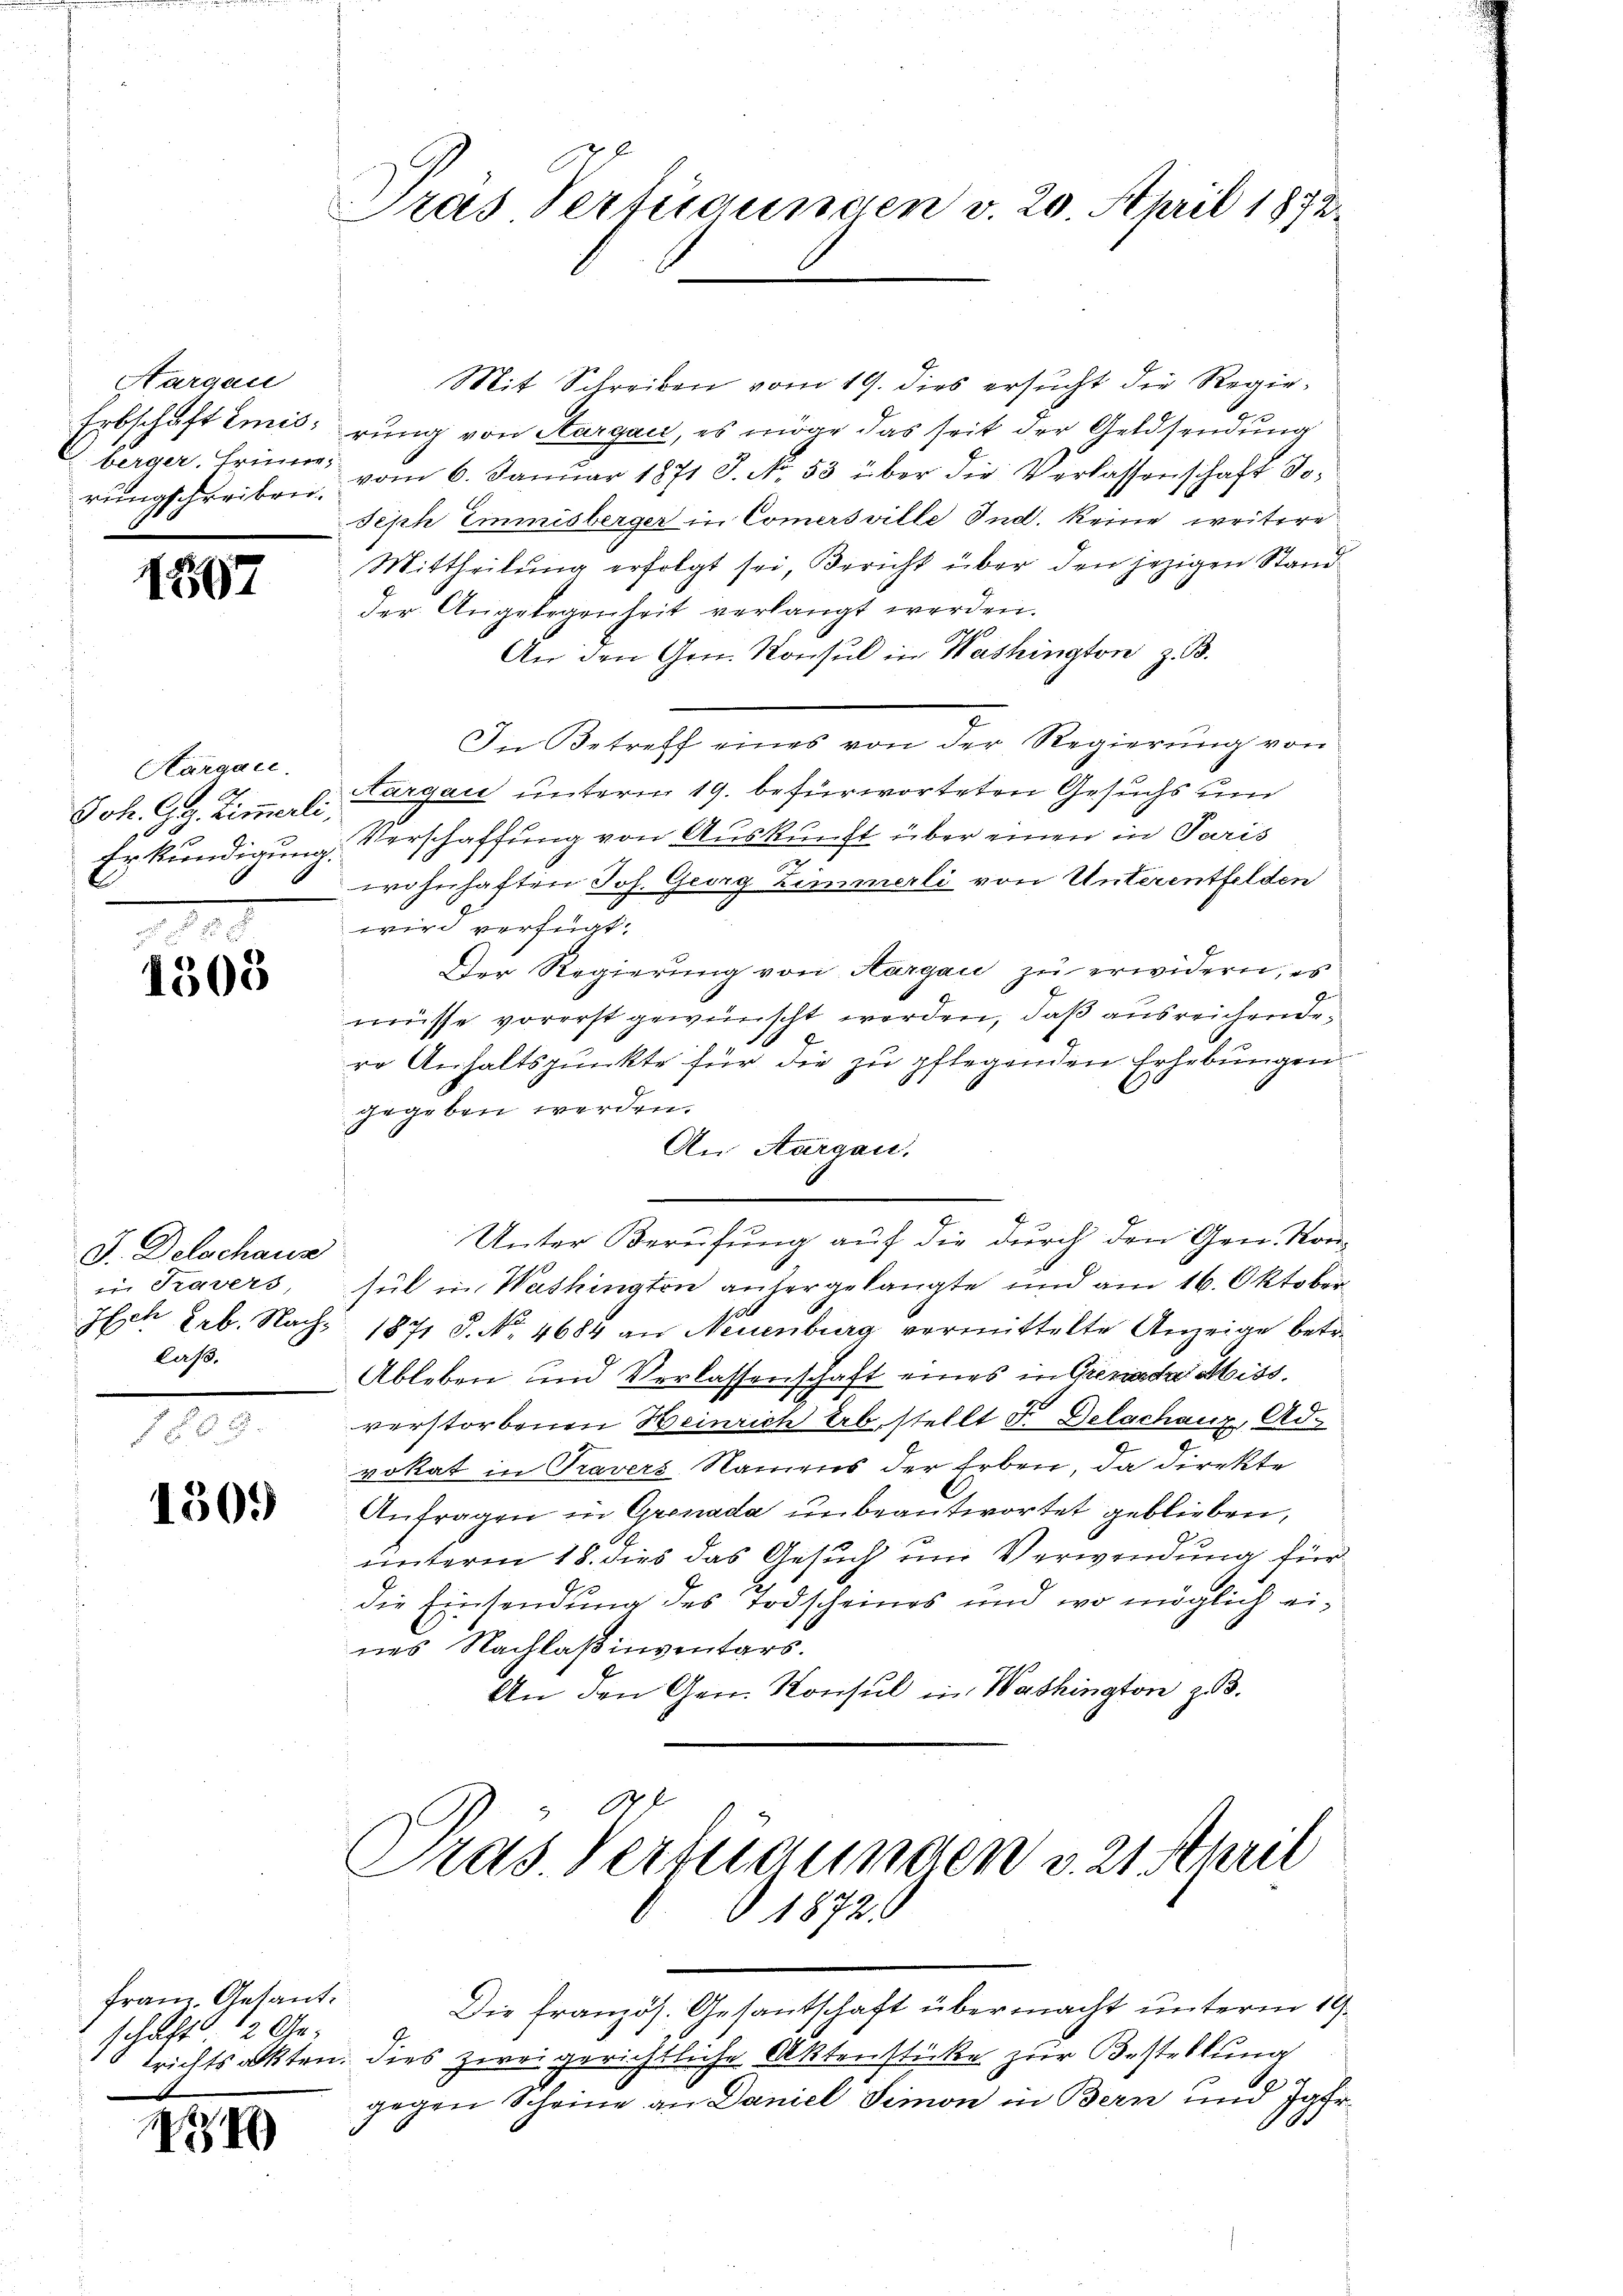
Hargau
berger, tritter,

1867

Kargau.
Joh. Gg Zimmerli,

1505

J. Delschaus
laß.

e

Tras Verfügungen v. 20. April 1872.

Mit Schreiben vom 19. dies ersŭcht die Regie-
Erbschaft Emisirung von Aargau, es möge das seit der Geldsendung
rŭngschreiben vom 6. Janŭar 1871 J. No. 53 über die Verlassenschaft Jo¬
Seph Einmisberger in Comersville Ind. keine weitere
Mittheilung erfolgt sei, Bericht über den jezigen Stand
der Angelegenheit verlangt werden.
An den Gen. Konsul in Washington z. B.
In Betreff eines von der Regierung von
Aargau unterm 19. befürworteten Gesuchs und
Erkundigung. Verschaffung von Auskunft über einen in Paris
u
wohnhaften Joh. Georg Zimmerli von Unterentfelden
wird verfügt:
Der Regierung von Aargau zu erwidern, es
müsse vorerst gewünscht werden, daß ausreichende
ro Anhaltspunkte für die zu pflegenden Erhebungen
gegeben werden.
An Aargau.
Unter Berufung auf die durch den Gen. Kon-
in Travers, sul in Washington anhergelangte und am 16. Oktober
Ich geb. Nach 1871 S. No. 4684 an Neuenburg vermittelte Anzeige betr.
Ableben und Verlassenschaft eines in Grenada Miss
verstorbenen Heinrich Erb. stellt d. Delachanz, Advokat in Travers Namens der Erben, da direkte
 Antragen in Grenada ŭnbeantwortet geblieben,
unterm 18. dies das Gesuch um Verwendung für
die Einsendung des Todscheines und wo möglich eines Nachlaß inventars.
An den Gen. Konsul in Washington zu.
Pras. Verfügungen v. 21 April
 1872
franz Getant
Die französ. Gesantschaft übermacht unterm 19.
schaft 12 Ge-
trichtsakten. Dies zwei gerichtliche Aktenstücke zur Bestellung
A
gegen Scheine an Daniel Simon in Bern und Jgfr
X